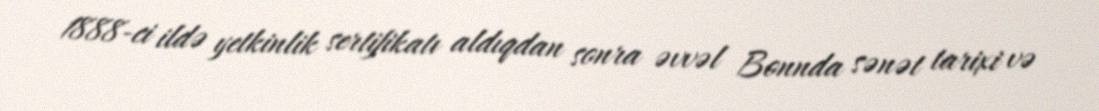
1888-ci ildə yetkinlik sertifikatı aldıqdan sonra əvvəl Bonnda sənət tarixi və